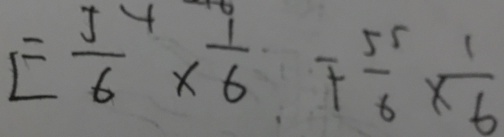
E \frac { 5 } { 6 } \times \frac { 1 } { 6 } F \frac { 5 5 } { 6 } \times \frac { 1 } { 6 }